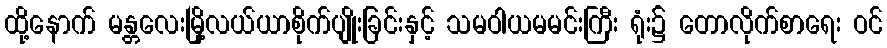
ထို့နောက် မန္တလေးမြို့လယ်ယာစိုက်ပျိုးခြင်းနှင့် သမဝါယမမင်းကြီး ရုံး၌ တောလိုက်စာရေး ဝင်